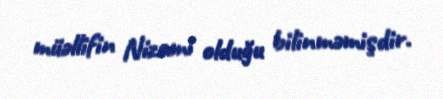
müəllifin Nizami olduğu bilinməmişdir.